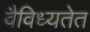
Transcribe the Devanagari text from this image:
वैविध्यतेत